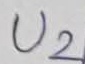
Text: U2